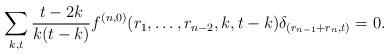
LaTeX: \begin{align*}\sum_{k,t}\frac{t-2k}{k(t-k)}f^{(n,0)}(r_1,\dots,r_{n-2} ,k,t-k)\delta_{(r_{n-1}+r_{n},t)}=0.\end{align*}